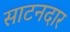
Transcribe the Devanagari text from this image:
साटनदार